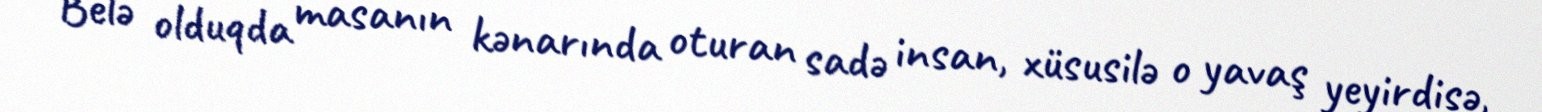
Belə olduqda masanın kənarında oturan sadə insan, xüsusilə o yavaş yeyirdisə,